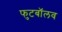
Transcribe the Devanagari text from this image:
फुटबॉलव